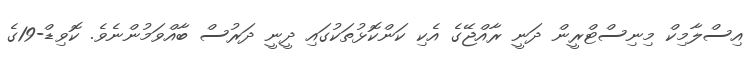
އިސްލާމިކް މިނިސްޓްރީން ދަނީ ރާއްޖޭގެ އެކި ކަންކޮޅުތަކުގައި ދީނީ ދަރުސް ބާއްވަމުންނެވެ. ކޮވިޑް-19ގެ